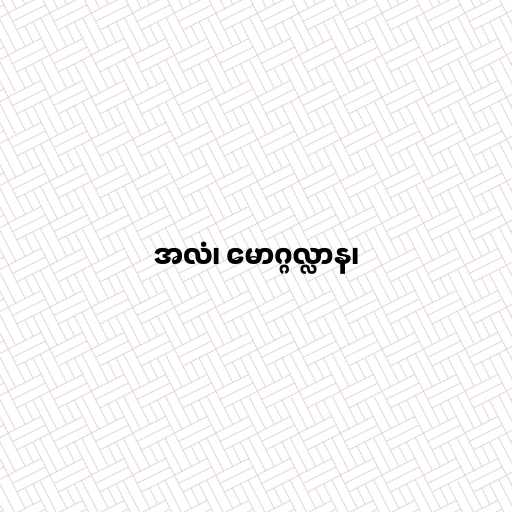
အလံ၊ မောဂ္ဂလ္လာန၊